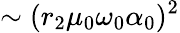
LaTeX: \sim(r_{2}\mu_{0}\omega_{0}\alpha_{0})^{2}